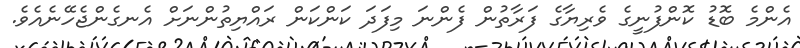
އެންމެ ބޮޑު ކޮންފުނީގެ ވެރިޔާގެ ފަރާތުން ފެންނަ މިފަދަ ކަންކަން ރައްޔިތުންނަށް އެނގެންޖެހޭނެއެވެ.